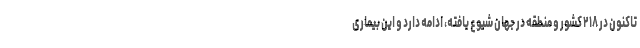
تاکنون در ۲۱۸ کشور و منطقه در جهان شیوع یافته، ادامه دارد و این بیماری